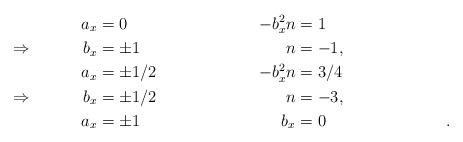
LaTeX: \begin{align*}&&a_x&=0&&&-b_x^2n&=1 \\\Rightarrow&& b_x&=\pm1&&&n&=-1, \\ &&a_x&=\pm1/2&&&-b_x^2n&=3/4&& \\\Rightarrow&& b_x&=\pm1/2&&&n&=-3, \\&&a_x&=\pm1&&&b_x&=0&&&.\end{align*}